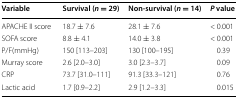
<table><thead><tr><td><b>Variable</b></td><td><b>Survival (<i>n</i> = 29)</b></td><td><b>Non-survival (<i>n</i> = 14)</b></td><td><b><i>P</i> value</b></td></tr></thead><tbody><tr><td>APACHE II score</td><td>18.7 ± 7.6</td><td>28.1 ± 7.6</td><td>&lt; 0.001</td></tr><tr><td>SOFA score</td><td>8.8 ± 4.1</td><td>14.0 ± 3.8</td><td>&lt; 0.001</td></tr><tr><td>P/F(mmHg)</td><td>150 [113–203]</td><td>130 [100–195]</td><td>0.39</td></tr><tr><td>Murray score</td><td>2.6 [2.0–3.0]</td><td>3.0 [2.3–3.7]</td><td>0.09</td></tr><tr><td>CRP</td><td>73.7 [31.0–111]</td><td>91.3 [33.3–121]</td><td>0.76</td></tr><tr><td>Lactic acid</td><td>1.7 [0.9–2.2]</td><td>2.9 [1.2–3.3]</td><td>0.015</td></tr></tbody></table>